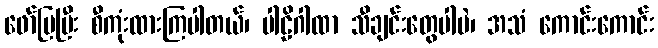
ဖော်ပြပြီး စီကုံးထားကြပါတယ်၊ ပါဠိဂါထာ သီချင်းတွေပါပဲ၊ အသံ ကောင်းကောင်း